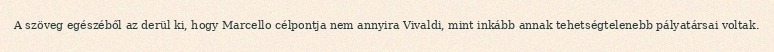
A szöveg egészéből az derül ki, hogy Marcello célpontja nem annyira Vivaldi, mint inkább annak tehetségtelenebb pályatársai voltak.